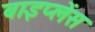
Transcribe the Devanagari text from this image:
बाइप्‍लेंस